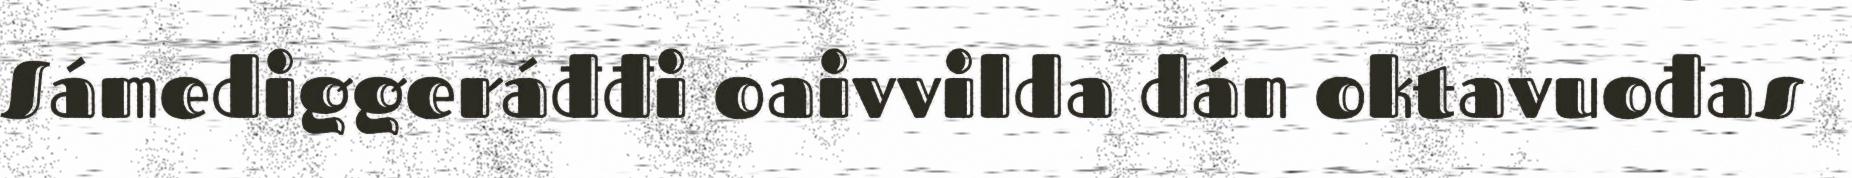
Sámediggeráđđi oaivvilda dán oktavuođas